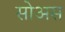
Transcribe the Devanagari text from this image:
सोअस